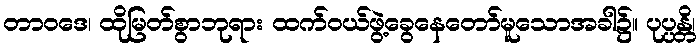
တာဝဒေ၊ ထိုမြတ်စွာဘုရား ထက်ဝယ်ဖွဲ့ခွေနေတော်မူသောအခါ၌။ ပုပ္ပန္တိ၊